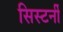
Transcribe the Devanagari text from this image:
सिस्टर्नी